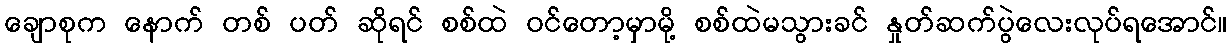
ချောစုက နောက် တစ် ပတ် ဆိုရင် စစ်ထဲ ဝင်တော့မှာမို့ စစ်ထဲမသွားခင် နှုတ်ဆက်ပွဲလေးလုပ်ရအောင်။